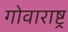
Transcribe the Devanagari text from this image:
गोवाराष्ट्र